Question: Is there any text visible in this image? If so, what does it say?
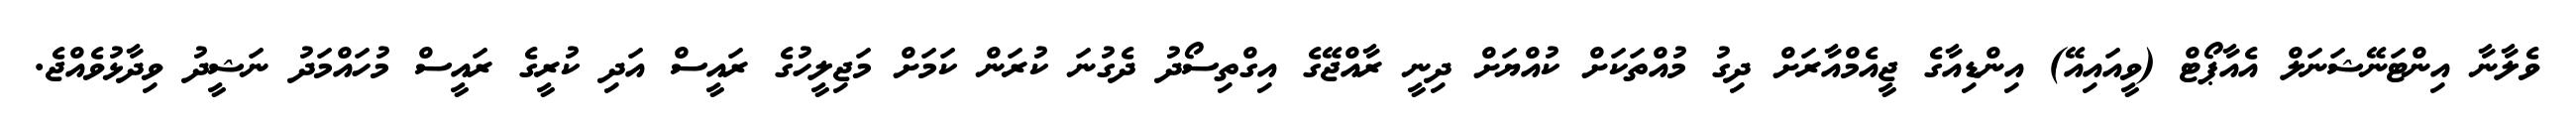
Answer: ވެލާނާ އިންޓަނޭޝަނަލް އެއާޕޯޓް (ވީއައިއޭ) އިންޑިއާގެ ޖީއެމްއާރަށް ދިގު މުއްތަކަށް ކުއްޔަށް ދިނީ ރާއްޖޭގެ އިގްތިސޯދު ދެގުނަ ކުރަން ކަމަށް މަޖިލީހުގެ ރައީސް އަދި ކުރީގެ ރައީސް މުހައްމަދު ނަޝީދު ވިދާޅުވެއްޖެ.